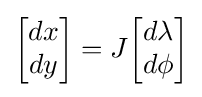
{\begin{bmatrix}dx\\dy\end{bmatrix}}=J{\begin{bmatrix}d\lambda \\d\phi \end{bmatrix}}